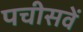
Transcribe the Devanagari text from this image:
पचीसवें